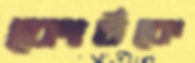
কোর্টকে